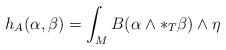
LaTeX: \begin{align*}h_A( \alpha , \beta ) = \int_M B( \alpha \wedge *_T \beta ) \wedge \eta\end{align*}